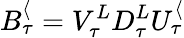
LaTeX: B_{\tau}^{\langle}=V_{\tau}^{L}D_{\tau}^{L}U_{\tau}^{\langle}